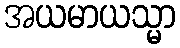
အယမာယသ္မာ